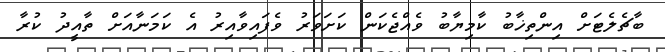
ބާޗެލެޓަށް އިންތިޚާބު ކާމިޔާބު ވެއްޖެކަން ކަށަވަރު ވެފައިވާއިރު އެ ކަމަނާއަށް ތާއީދު ކުރާ